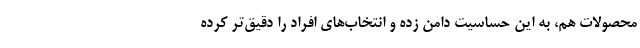
محصولات هم، به این حساسیت دامن زده و انتخاب‌های افراد را دقیق‌تر کرده